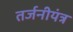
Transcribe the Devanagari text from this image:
तर्जनीयंत्र